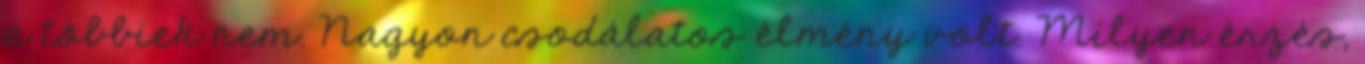
a többiek nem. Nagyon csodálatos élmény volt. Milyen érzés,